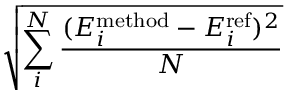
\sqrt { \sum _ { i } ^ { N } \frac { ( E _ { i } ^ { \mathrm { m e t h o d } } - E _ { i } ^ { \mathrm { r e f } } ) ^ { 2 } } { N } }